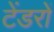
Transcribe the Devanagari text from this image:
टेंडरों